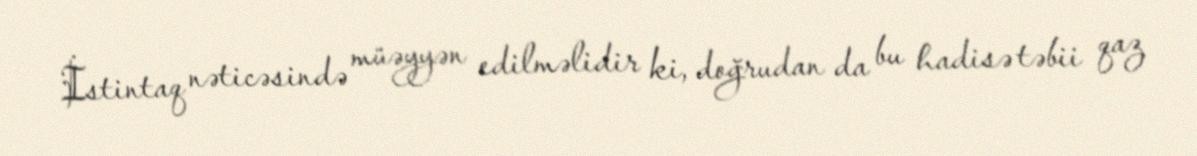
İstintaq nəticəsində müəyyən edilməlidir ki, doğrudan da bu hadisə təbii qaz